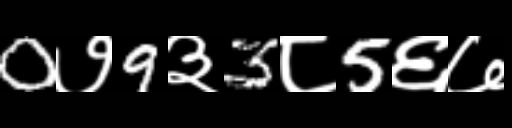
Text: 0७9३3८5६७